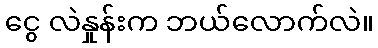
ငွေ လဲနှုန်းက ဘယ်လောက်လဲ။